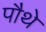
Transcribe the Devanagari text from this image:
पौथे